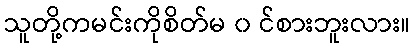
သူတို့ကမင်းကိုစိတ်မ ၀ င်စားဘူးလား။